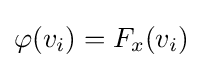
\varphi (v_{i})=F_{x}(v_{i})